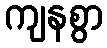
ကျနစွာ